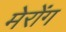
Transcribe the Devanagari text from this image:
मेरोंग